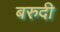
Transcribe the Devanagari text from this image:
बरुदी